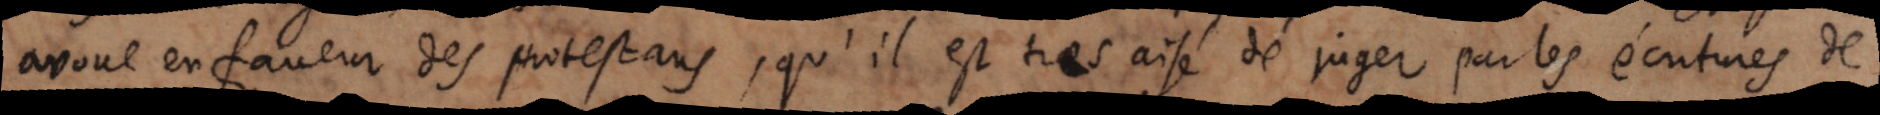
avoue en faveur des protestans, qu’il est tres aisé de juger par les écritures de